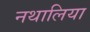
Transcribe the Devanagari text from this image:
नथालिया